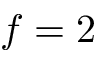
f = 2